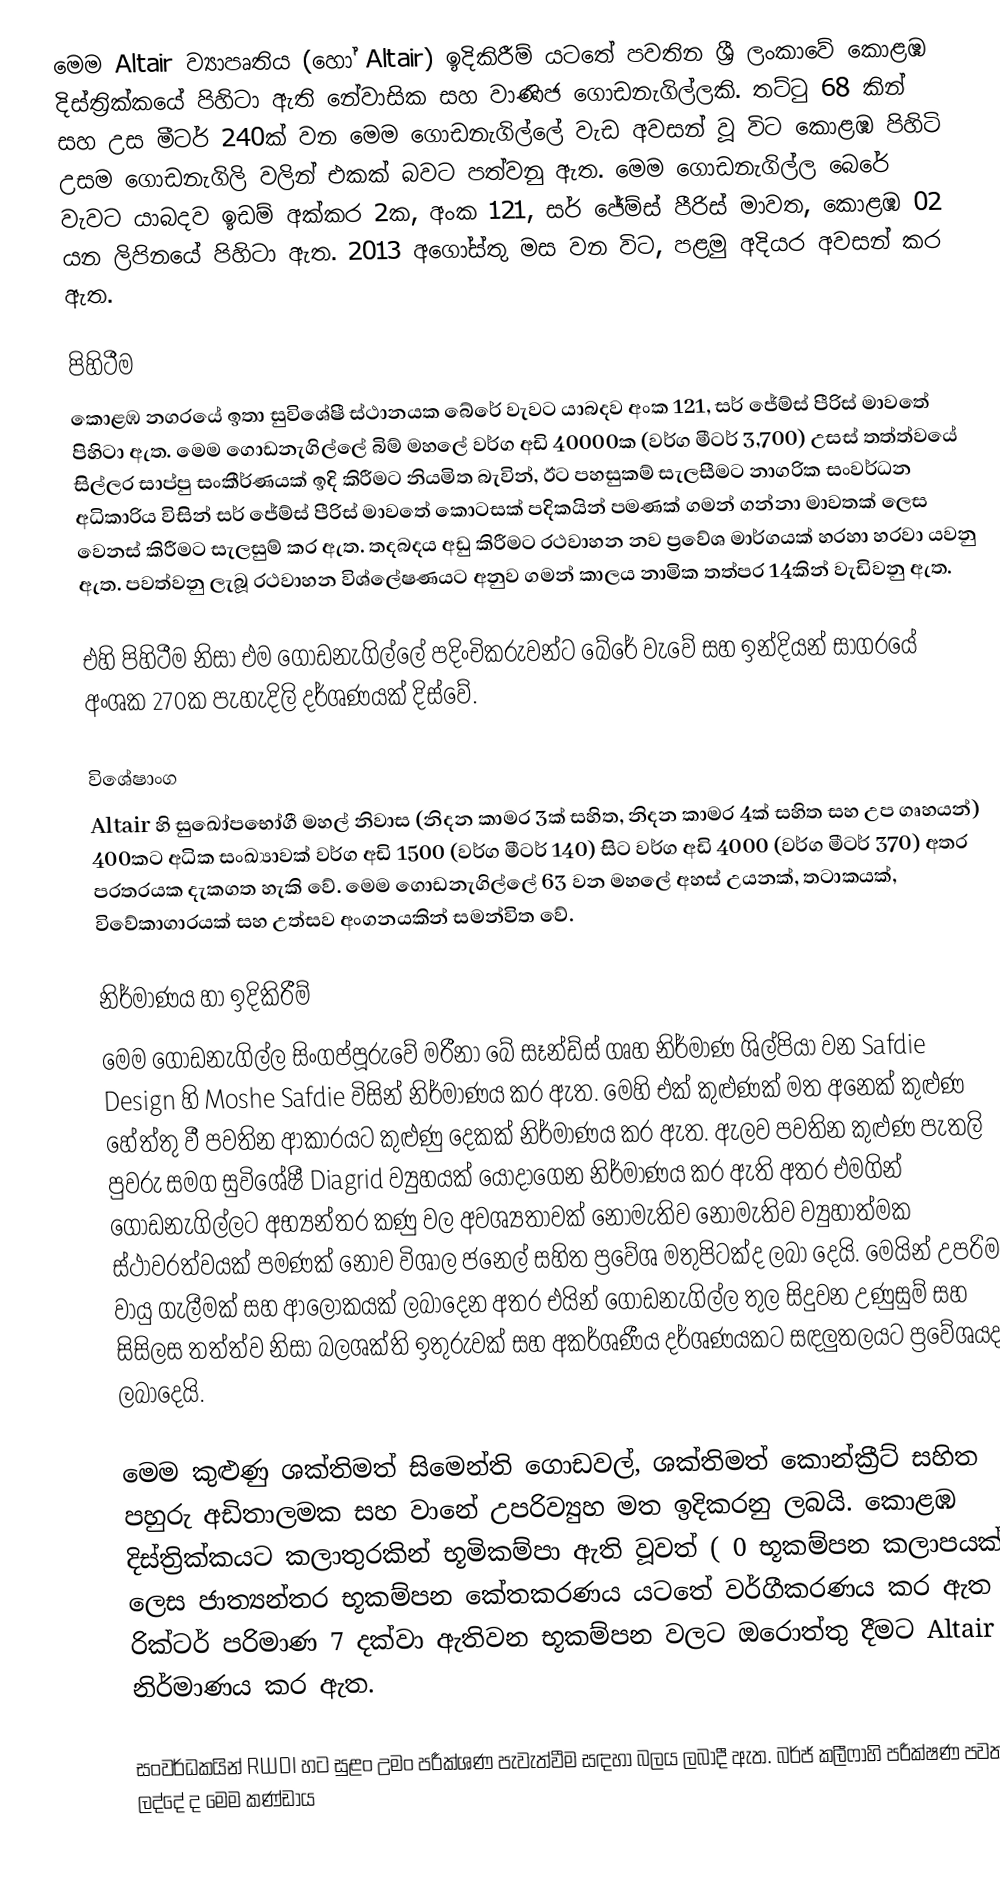
මෙම Altair ව්‍යාපෘතිය (හෝ Altair) ඉදිකිරීම් යටතේ පවතින ශ්‍රී ලංකාවේ කොළඹ දිස්ත්‍රික්කයේ පිහිටා ඇති නේවාසික සහ වාණිජ ගොඩනැගිල්ලකි. තට්ටු 68 කින් සහ උස මීටර් 240ක් වන මෙම ගොඩනැගිල්ලේ වැඩ අවසන් වූ විට කොළඹ පිහිටි උසම ගොඩනැගිලි වලින් එකක් බවට පත්වනු ඇත. මෙම ගොඩනැගිල්ල බෙරේ වැවට යාබදව ඉඩම් අක්කර 2ක, අංක 121, සර් ජේම්ස් පීරිස් මාවත, කොළඹ 02 යන ලිපිනයේ පිහිටා ඇත. 2013 අගෝස්තු මස වන විට, පළමු අදියර අවසන් කර ඇත.

පිහිටීම
කොළඹ නගරයේ ඉතා සුවිශේෂී ස්ථානයක බේරේ වැවට යාබදව අංක 121, සර් ජේම්ස් පීරිස් මාවතේ පිහිටා ඇත. මෙම ගොඩනැගිල්ලේ බිම් මහලේ වර්ග අඩි 40000ක (වර්ග මීටර් 3,700) උසස් තත්ත්වයේ සිල්ලර සාප්පු සංකීර්ණයක් ඉදි කිරීමට නියමිත බැවින්, ඊට පහසුකම් සැලසීමට නාගරික සංවර්ධන අධිකාරිය විසින් සර් ජේම්ස් පීරිස් මාවතේ කොටසක් පදිකයින් පමණක් ගමන් ගන්නා මාවතක් ලෙස වෙනස් කිරීමට සැලසුම් කර ඇත. තදබදය අඩු කිරීමට රථවාහන නව ප්‍රවේශ මාර්ගයක් හරහා හරවා යවනු ඇත. පවත්වනු ලැබූ රථවාහන විශ්ලේෂණයට අනුව ගමන් කාලය නාමික තත්පර 14කින් වැඩිවනු ඇත.

එහි පිහිටීම නිසා එම ගොඩනැගිල්ලේ පදිංචිකරුවන්ට බේරේ වැවේ සහ ඉන්දියන් සාගරයේ අංශක 270ක පැහැදිලි දර්ශණයක් දිස්වේ.

විශේෂාංග
Altair හි සුඛෝපභෝගී මහල් නිවාස (නිදන කාමර 3ක් සහිත, නිදන කාමර 4ක් සහිත සහ උප ගෘහයන්) 400කට අධික සංඛ්‍යාවක් වර්ග අඩි 1500 (වර්ග මීටර් 140) සිට වර්ග අඩි 4000 (වර්ග මීටර් 370) අතර පරතරයක දැකගත හැකි වේ. මෙම ගොඩනැගිල්ලේ 63 වන මහලේ අහස් උයනක්, තටාකයක්, විවේකාගාරයක් සහ උත්සව අංගනයකින් සමන්විත වේ.

නිර්මාණය හා ඉදිකිරීම්
මෙම ගොඩනැගිල්ල සිංගප්පූරුවේ මරීනා බේ සෑන්ඩ්ස් ගෘහ නිර්මාණ ශිල්පියා වන Safdie Design හි Moshe Safdie විසින් නිර්මාණය කර ඇත. මෙහි එක් කුළුණක් මත අනෙක් කුළුණ හේත්තු වී පවතින ආකාරයට කුළුණු දෙකක් නිර්මාණය කර ඇත. ඇලව පවතින කුළුණ පැතලි පුවරු සමග සුවිශේෂී Diagrid ව්‍යුහයක් යොදාගෙන නිර්මාණය කර ඇති අතර එමගින් ගොඩනැගිල්ලට අභ්‍යන්තර කණු වල අවශ්‍යතාවක් නොමැතිව නොමැතිව ව්‍යුහාත්මක ස්ථාවරත්වයක් පමණක් නොව විශාල ජනෙල් සහිත ප්‍රවේශ මතුපිටක්ද ලබා දෙයි. මෙයින් උපරිම වායු ගැලීමක් සහ ආලෝකයක් ලබාදෙන අතර එයින් ගොඩනැගිල්ල තුල සිදුවන උණුසුම් සහ සිසිලස තත්ත්ව නිසා බලශක්ති ඉතුරුවක් සහ අකර්ශණීය දර්ශණයකට සඳලුතලයට ප්‍රවේශයද ලබාදෙයි.

මෙම කුළුණු ශක්තිමත් සිමෙන්ති ගොඩවල්, ශක්තිමත් කොන්ක්‍රීට් සහිත පහුරු අඩිතාලමක සහ වානේ උපරිව්‍යුහ මත ඉදිකරනු ලබයි. කොළඹ දිස්ත්‍රික්කයට කලාතුරකින් භූමිකම්පා ඇති වූවත් ( 0 භූකම්පන කලාපයක් ලෙස ජාත්‍යන්තර භූකම්පන කේතකරණය යටතේ වර්ගීකරණය කර ඇත ) රික්ටර් පරිමාණ 7 දක්වා ඇතිවන භූකම්පන වලට ඔරොත්තු දීමට Altair නිර්මාණය කර ඇත.

සංවර්ධකයින් RWDI හට සුළං උමං පරීක්ශණ පැවැත්වීම සඳහා බලය ලබාදී ඇත. බර්ජ් කලීෆාහි පරීක්ෂණ පවත්වන ලද්දේ ද මෙම කණ්ඩාය